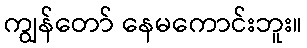
ကျွန်တော် နေမကောင်းဘူး။